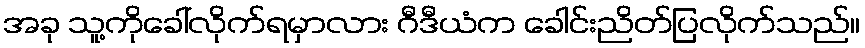
အခု သူ့ကိုခေါ်လိုက်ရမှာလား ဂီဒီယံက ခေါင်းညိတ်ပြလိုက်သည်။